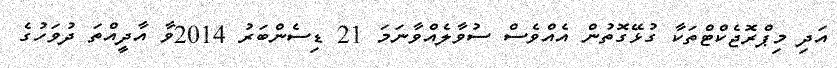
އަދި މިޕްރޮޖެކްޓްތަކާ ގުޅޭގޮތުން އެއްވެސް ސުވާލެއްވާނަމަ 21 ޑިސެންބަރު 2014ވާ އާދީއްތަ ދުވަހުގެ